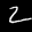
Label: 2